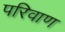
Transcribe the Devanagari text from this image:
परिवाण